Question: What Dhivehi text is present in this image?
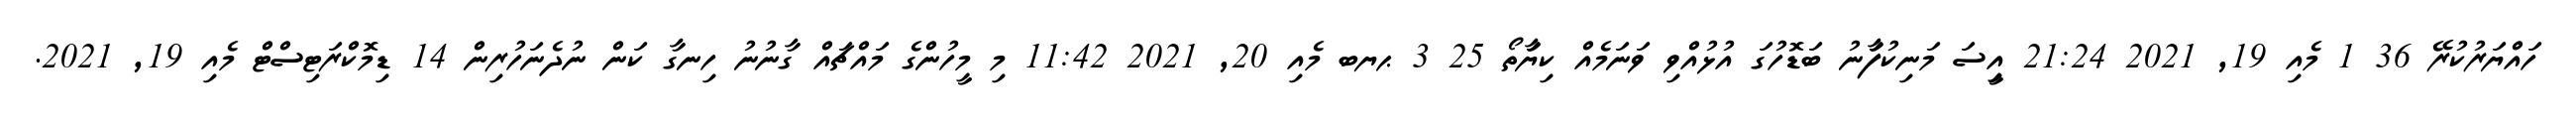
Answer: ހައްޔަރުކުރޭ 36 1 މެއި 19, 2021 21:24 އިީސަ މަނިކުފަާނު ބަޑޮހުގަ އުޅުއްވި ވަނަމެއް ކިޔަާތޯ 25 3 ޙޔބ މެއި 20, 2021 11:42 މި މީހުންގެ މައްޗައް ގާނުނު ހިނގާ ކަން ނުދެނަހުރިން 14 ޑިމޮކްރަޓިސްޓް މެއި 19, 2021.